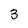
Character: 3